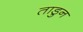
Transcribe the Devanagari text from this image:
ताडुन